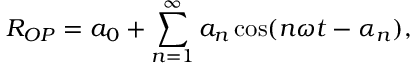
R _ { O P } = a _ { 0 } + \sum _ { n = 1 } ^ { \infty } a _ { n } \cos ( n \omega t - \alpha _ { n } ) ,